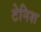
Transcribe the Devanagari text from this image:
टेनिश